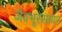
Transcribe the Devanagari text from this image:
जैवभूरसायन